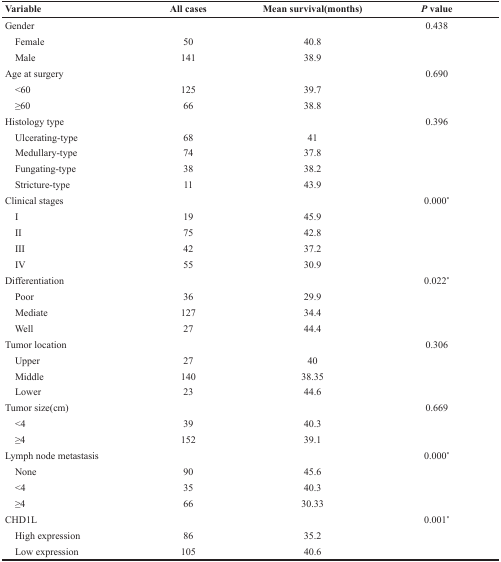
<table><thead><tr><td><b>Variable</b></td><td><b>All cases</b></td><td><b>Mean survival(months)</b></td><td><b><i>P</i> value</b></td></tr></thead><tbody><tr><td>Gender</td><td></td><td></td><td>0.438</td></tr><tr><td> Female</td><td>50</td><td>40.8</td><td></td></tr><tr><td> Male</td><td>141</td><td>38.9</td><td></td></tr><tr><td>Age at surgery</td><td></td><td></td><td>0.690</td></tr><tr><td> &lt;60</td><td>125</td><td>39.7</td><td></td></tr><tr><td> ≥60</td><td>66</td><td>38.8</td><td></td></tr><tr><td>Histology type</td><td></td><td></td><td>0.396</td></tr><tr><td> Ulcerating-type</td><td>68</td><td>41</td><td></td></tr><tr><td> Medullary-type</td><td>74</td><td>37.8</td><td></td></tr><tr><td> Fungating-type</td><td>38</td><td>38.2</td><td></td></tr><tr><td> Stricture-type</td><td>11</td><td>43.9</td><td></td></tr><tr><td>Clinical stages</td><td></td><td></td><td>0.000*</td></tr><tr><td> I</td><td>19</td><td>45.9</td><td></td></tr><tr><td> II</td><td>75</td><td>42.8</td><td></td></tr><tr><td> III</td><td>42</td><td>37.2</td><td></td></tr><tr><td> IV</td><td>55</td><td>30.9</td><td></td></tr><tr><td>Differentiation</td><td></td><td></td><td>0.022*</td></tr><tr><td> Poor</td><td>36</td><td>29.9</td><td></td></tr><tr><td> Mediate</td><td>127</td><td>34.4</td><td></td></tr><tr><td> Well</td><td>27</td><td>44.4</td><td></td></tr><tr><td>Tumor location</td><td></td><td></td><td>0.306</td></tr><tr><td> Upper</td><td>27</td><td>40</td><td></td></tr><tr><td> Middle</td><td>140</td><td>38.35</td><td></td></tr><tr><td> Lower</td><td>23</td><td>44.6</td><td></td></tr><tr><td>Tumor size(cm)</td><td></td><td></td><td>0.669</td></tr><tr><td> &lt;4</td><td>39</td><td>40.3</td><td></td></tr><tr><td> ≥4</td><td>152</td><td>39.1</td><td></td></tr><tr><td>Lymph node metastasis</td><td></td><td></td><td>0.000*</td></tr><tr><td> None</td><td>90</td><td>45.6</td><td></td></tr><tr><td> &lt;4</td><td>35</td><td>40.3</td><td></td></tr><tr><td> ≥4</td><td>66</td><td>30.33</td><td></td></tr><tr><td>CHD1L</td><td></td><td></td><td>0.001*</td></tr><tr><td> High expression</td><td>86</td><td>35.2</td><td></td></tr><tr><td> Low expression</td><td>105</td><td>40.6</td><td></td></tr></tbody></table>